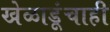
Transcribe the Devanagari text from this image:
खेळाडूंचाही